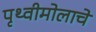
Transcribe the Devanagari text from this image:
पृथ्वीमोलाचे